Report of the Indian Hemp Drugs Commission, 1894-1895 - Volume VII
Year: 1894
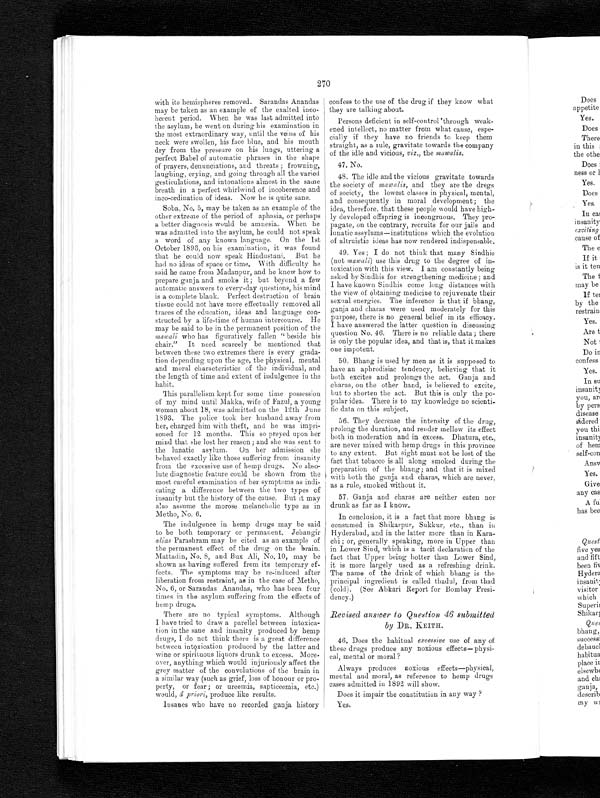
270
with its hemispheres removed. Sarandas Anandas
may be taken as an example of the exalted inco-
herent period. When he was last admitted into
the asylum, he went on during his examination in
the most extraordinary way, until the veins of his
neck were swollen, his face blue, and his mouth
dry from the pressure on his lungs, uttering a
perfect Babel of automatic phrases in the shape
of prayers, denunciations, and threats ; frowning,
laughing, crying, and going through all the varied
gesticulations, and intonations almost in the same
breath in a perfect whirlwind of incoherence and
inco-ordination of ideas. Now he is quite sane.
Soba, No. 5, may be taken as an example of the
other extreme of the period of aphasia, or perhaps
a better diagnosis would be amnesia. When he
was admitted into the asylum, he could not speak
a word of any known language. On the 1st
October 1893, on his examination, it was found
that he could now speak Hindustani. But he
had no ideas of space or time. With difficulty he
said he came from Madanpur, and he knew how to
prepare ganja and smoke it; but beyond a few
automatic answers to every-day questions, his mind
is a complete blank. Perfect destruction of brain
tissue could not have more effectually removed all
traces of the education, ideas and language con-
structed by a life-time of human intercourse. He
may be said to be in the permanent position of the
mawali who has figuratively fallen " beside his
chair." It need scarcely be mentioned that
between these two extremes there is every grada-
tion depending upon the age, the physical, mental
and moral characteristics of the individual, and
the length of time and extent of indulgence in the
habit.
This parallelism kept for some time possession
of my mind until Makka, wife of Fazul, a young
woman about 18, was admitted on the 12th June
1893. The police took her husband away from
her, charged him with theft, and he was impri-
soned for 12 months. This so preyed upon her
mind that she lost her reason; and she was sent to
the lunatic asylum. On her admission she
behaved exactly like those suffering from insanity
from the excessive use of hemp drugs. No abso-
lute diagnostic feature could be shown from the
most careful examination of her symptoms as indi-
cating a difference between the two types of
insanity but the history of the cause. But it may
also assume the morose melancholic type as in
Metho, No. 6.
The indulgence in hemp drugs may be said
to be both temporary or permanent. Jehangir
alias Parashram may be cited as an example of
the permanent effect of the drug on the brain.
Mattadin, No. 8, and Bux Ali, No. 10, may be
shown as having suffered from its temporary ef-
fects. The symptoms may be re-induced after
liberation from restraint, as in the case of Metho,
No. 6, or Sarandas Anandas, who has been four
times in the asylum suffering from the effects of
hemp drugs.
There are no typical symptoms. Although
I have tried to draw a parellel between intoxica-
tion in the sane and insanity produced by hemp
drugs, I do not think there is a great difference
between intoxication produced by the latter and
wine or spirituous liquors drunk to excess. More-
over, anything which would injuriously affect the
grey matter of the convolutions of the brain in
a similar way (such as grief, loss of honour or pro-
perty, or fear; or ureemia, sapticeemia, etc.)
would, â priori, produce like results.
Insanes who have no recorded ganja history
confess to the use of the drug if they know what
they are talking about.
Persons deficient in self-control through weak-
ened intellect, no matter from what cause, espe-
cially if they have no friends to keep them
straight, as a rule, gravitate towards the company
of the idle and vicious, viz., the mawalis.
47. No.
48. The idle and the vicious gravitate towards
the society of mawalis, and they are the dregs
of society, the lowest classes in physical, mental,
and consequently in moral development; the
idea, therefore, that these people would have high-
ly developed offspring is incongruous. They pro-
pagate, on the contrary, recruits for our jails and
lunatic assylums—institutions which the evolution
of altruistic ideas has now rendered indispensable.
49. Yes ; I do not think that many Sindhis
(not mawali) use this drug to the degree of in-
toxication with this view. I am constantly being
asked by Sindhis for strengthening medicine; and
I have known Sindhis come long distances with
the view of obtaining medicine to rejuvenate their
sexual energies. The inference is that if bhang,
ganja and charas were used moderately for this
purpose, there is no general belief in its efficacy.
I have answered the latter question in discussing
question No. 46. There is no reliable data ; there
is only the popular idea, and that is, that it makes
one impotent.
50. Bhang is used by men as it is supposed to
have an aphrodisiac tendency, believing that it
both excites and prolongs the act. Ganja and
charas, on the other hand, is believed to excite,
but to shorten the act. But this is only the po-
pular idea. There is to my knowledge no scienti-
fic data on this subject.
56. They decrease the intensity of the drug,
prolong the duration, and render mellow its effect
both in moderation and in excess. Dhatura, etc.,
are never mixed with hemp drugs in this province
to any extent. But
sight must not be lost of the
fact that tobacco is all along smoked during the
preparation of the bhang; and that it is mixed
with both the ganja and charas, which are never,
as a rule, smoked without it.
57. Ganja and charas are neither eaten nor
drunk as far as I know.
In conclusion, it is a fact that more bhang is
consumed in Shikarpur, Sukkur, etc., than in
Hyderabad, and in the latter more than in Kara-
chi ; or, generally speaking, more in Upper than
in Lower Sind, which is a tacit declaration of the
fact that Upper being hotter than Lower Sind,
it is more largely used as a refreshing drink.
The name of the drink of which bhang is the
principal ingredient is called thadul, from thad
(cold). (See Abkari Report for Bombay Presi-
dency.)
Revised answer to Question 46 submitted
by DR. KEITH.
46. Does the habitual excessive use of any of
these drugs produce any noxious effects— physi-
cal, mental or moral ?
Always produces noxious effects—physical,
mental and moral, as reference to hemp drugs
cases admitted in 1892 will show.
Does it impair the constitution in any way ?
Yes.